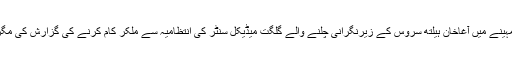
انہوں نے کہا کہ ہم نے مارچ کے مہینے میں آغاخان ہیلتھ سروس کے زیرنگرانی چلنے والے گلگت میڈیکل سنٹر کی انتظامیہ سے ملکر کام کرنے کی گزارش کی مگر ان کا رویہ انتہائی مایوس کن رہا۔